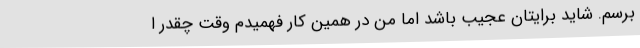
برسم. شاید برایتان عجیب باشد اما من در همین کار فهمیدم وقت چقدر ا